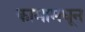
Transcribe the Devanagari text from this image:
कामामधून